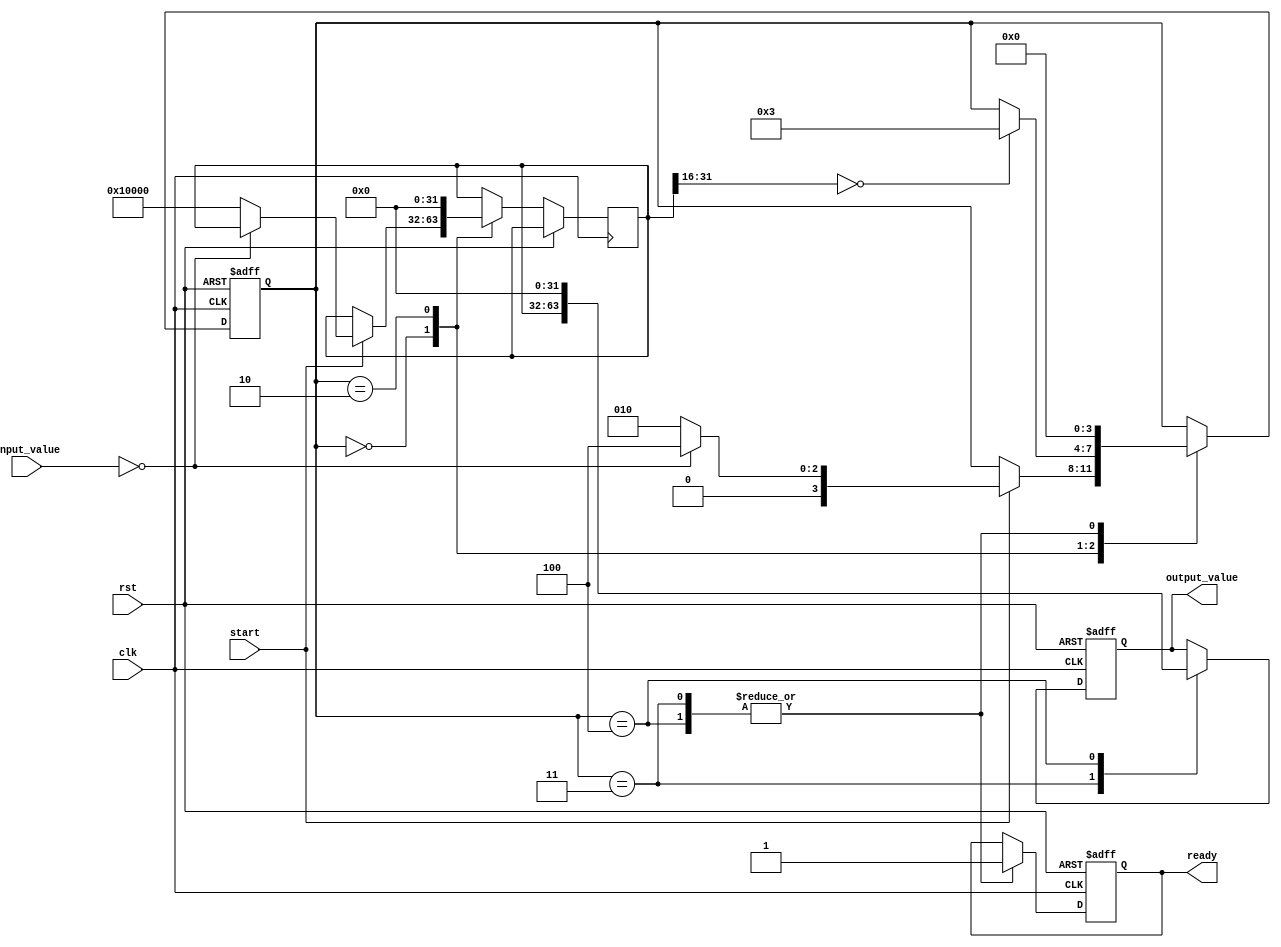
module binary_fractional_reciprocal #(
    parameter N = 16, // Input width (including sign bit)
    parameter M = 32  // Output width (to accommodate the reciprocal)
)(
    input wire clk,
    input wire rst,
    input wire start,
    input wire [N-1:0] input_value, // Input binary fractional value
    output reg [M-1:0] output_value, // Output reciprocal value
    output reg ready // Indicates valid output
);

    // Internal registers
    reg [M-1:0] approx; // Approximation of the reciprocal
    reg [N-1:0] input_reg;
    reg [3:0] state; // State variable for FSM

    // State encoding
    localparam IDLE = 4'b0000,
               START = 4'b0001,
               COMPUTE = 4'b0010,
               FINISH = 4'b0011,
               ERROR = 4'b0100;

    // Control logic
    always @(posedge clk or posedge rst) begin
        if (rst) begin
            state <= IDLE;
            ready <= 0;
            output_value <= 0;
        end else begin
            case (state)
                IDLE: begin
                    if (start) begin
                        if (input_value == 0) begin
                            state <= ERROR; // Handle division by zero
                        end else begin
                            input_reg <= input_value;
                            approx <= {1'b1, {M-N{1'b0}}}; // Initial approximation: 1.0
                            state <= COMPUTE;
                        end
                    end
                end
                
                COMPUTE: begin
                    // Newton-Raphson iteration
                    approx <= approx * (2**M - input_reg * approx) >> M; // approx = approx * (2 - input * approx)
                    
                    // Simple convergence check
                    if (approx[M-1:M-N] == 0) begin // Example convergence check
                        state <= FINISH;
                    end
                end
                
                FINISH: begin
                    output_value <= approx;
                    ready <= 1;
                    state <= IDLE; // Go back to IDLE after finishing
                end
                
                ERROR: begin
                    output_value <= {M{1'b0}}; // Set output to zero as an error condition
                    ready <= 1;
                    state <= IDLE; // Go back to IDLE after error
                end
            endcase
        end
    end

endmodule